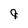
Character: 9